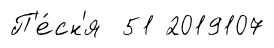
П'е́сн'я 51 2019107